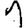
Digit: 1